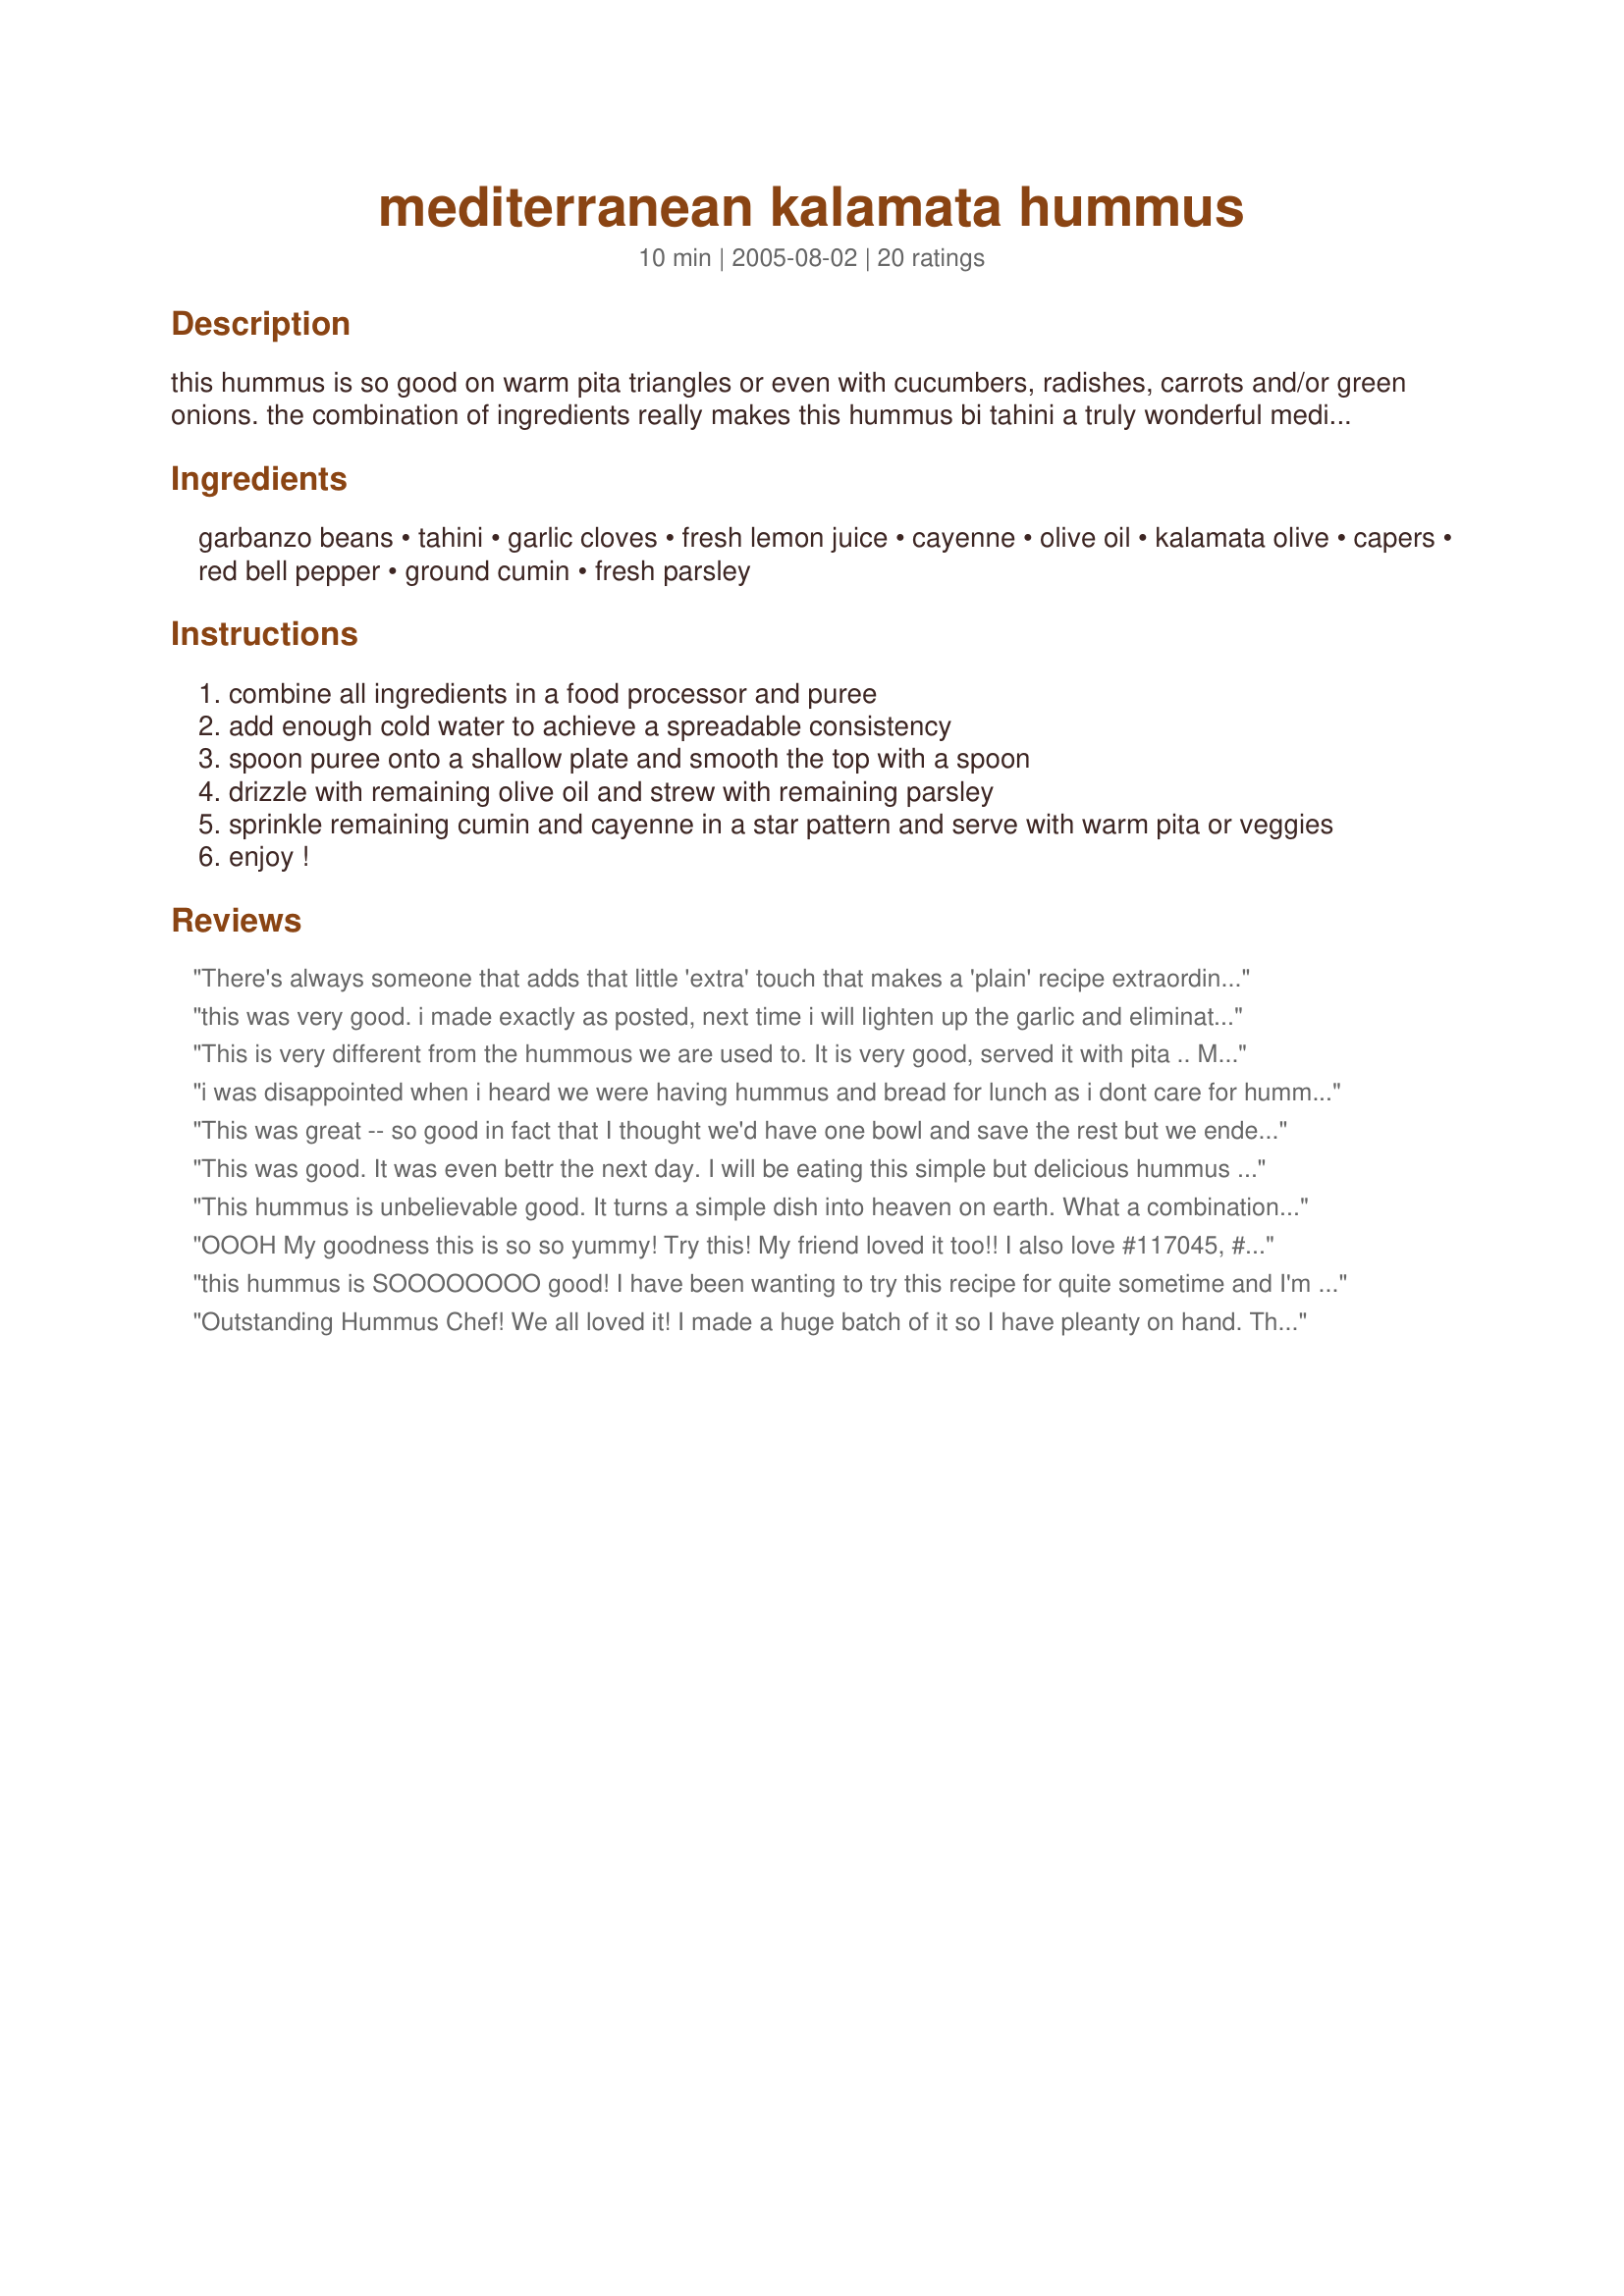
mediterranean kalamata hummus
Preparation time: 10 minutes

this hummus is so good on warm pita triangles or even with cucumbers, radishes, carrots and/or green onions. the combination of ingredients really makes this hummus bi tahini a truly wonderful mediterranean dish. i may never eat plain hummus again. this recipe was inspired and created for rsc #7.

Ingredients:
garbanzo beans, tahini, garlic cloves, fresh lemon juice, cayenne, olive oil, kalamata olive, capers, red bell pepper, ground cumin, fresh parsley

Steps:
combine all ingredients in a food processor and puree
add enough cold water to achieve a spreadable consistency
spoon puree onto a shallow plate and smooth the top with a spoon
drizzle with remaining olive oil and strew with remaining parsley
sprinkle remaining cumin and cayenne in a star pattern and serve with warm pita or veggies
enjoy !

Reviews:
There's always someone that adds that little 'extra' touch that makes a 'plain' recipe extraordinary. This one's IT for sure!!
The ONLY change I made was to double the garlic and use LIME juice instead.
this was very good. i made exactly as posted, next time i will lighten up the garlic and eliminate the bell pepper completely
This is very different from the hummous we are used to. It is very good, served it with pita .. Mine was very runny and I had to serve it in a bowl .. thanks for sharing!
i was disappointed when i heard we were having hummus and bread for lunch as i dont care for hummus. This was so good! The flavors are out of this world! Ours was not too runny. we enjoyed this one!
This was great -- so good in fact that I thought we'd have one bowl and save the rest but we ended up scoffing 4 bowls of it! I didn't need to add any extra water, in fact if anything I felt the dip was a touch on the runny side and might add more chickpeas next time, but other than that it was perfect. Zingy and easy to make. Thanks!
This was good. It was even bettr the next day. I will be eating this simple but delicious hummus often.
This hummus is unbelievable good. It turns a simple dish into heaven on earth. What a combination of flavors. The garbanzo beans hold together all the different single flavors without to smother them. There is the nutty flavor of tahini and the delightful sharpness of cayenne. The capers, garlic and the olives add their own flavors. The lemon juice supported each single flavor and adds freshness (together with parsley). You can really dip anything into this piece of cooking jewellery and you will be excited. I have tried it today with simple pan seared tuna (wonderful). Try it, love and come back here to render homage to ncmysteryshopper for this out of this world hummus.
OOOH My goodness this is so so yummy! Try this! My friend loved it too!! I also love #117045, #35625, and #11424.
this hummus is SOOOOOOOO good! I have been wanting to try this recipe for quite sometime and I'm so glad I finally got to making it, it's just delicious! I increased the garlic and added in lots black pepper, I can't wait to make this again, thanks for sharing this great hummus recipe hon!...Kitten :)
Outstanding Hummus Chef! We all loved it! I made a huge batch of it so I have pleanty on hand. This is so much better than store bought deli hummus!! Thank you!
This is my 1st attempt at hummus and it's a winner. Dh has never been a big fan but loved this recipe and commented that it's the best he's ever had. I made the recipe "as is" except on the olives, I had searched out pitted kalamata olives with no luck and resorted to a greek mix of pitted olives. I picked out all the kalamata which wasn't quite 3/4 of a cup and filled the cup with a variety of the other olives to get the correct amount - it worked and the taste was superb. I did find that a drained can of garbanzo beans is a scant 1 1/2 cups worth so I went with it. I did not add any water to thin out - it was the perfect consistency for us. I served it with baby carrots, sliced cucumbers and thin sesame rice crackers. I'm looking forward to serving this for company!
I made it for myself and a couple of moms I had over for lunch. It was sooo delicious. I like the spiciness...just right!
Absolutely delightful! Loved the blend of flavours in this hummus - the capers and olives really kicked things up. Dead on in the amounts of ingredients and easy-to-follow instructions (and easy-to-make recipe!).
Definitely a winning combination. Good luch, chef.
Oh my word, thank you for this absolutely fabulous recipe! I thought it was the best hummus I have ever had the pleasure to have tasted. And I made it!<br/>The only thing I did to change it was pour boiling water on my chick peas a couple of times, stir it around a bit to get the skin like covering off the peas. The skin coverings float to the top. <br/>It may take a wee bit more time, but it allows for a more creamier hummus. Again, thank you!
This is, for sure, a five star recipe. I put everything but the capers in a blender and pulsed it until it was well blended but still had minced parts. I spread it on a unbaked pizza crust, topped with fairly thick sliced beef tomatoes and sliced swiss cheese and baked! BTW, I put one caper at the tip of what would be each slice. This whole thing was yummy...the tomatoes added the extra moisture needed and the swiss cheese added sweetness. Will sure use this hummus again, but who knows how?
The 3-star rating if for the recipe as is. After the following changes, we would rate it 5 stars. &lt;br/&gt;We roasted the red pepper and removed the skin. However, we found the flavor of the kalamata olives to be very overpowering. To fix this, we added an extra half of a red pepper (raw, not roasted), 2 tablespoons of plain yogurt, 1 extra tablespoon of lemon juice, 1 extra tablespoon of tahini, and 1 extra tablespoon of parsley. It was fine after these additions... and this resulted in more hummus :-)
This is a new Hummus Favorite.Something has finnaly replaced my spicy black bean favorite.
I meant to try this & review it for RSC, but time didn't permit. However, I've tried it now, though I admit to using regular black olives as I'm out of kalamatas.This is one of the best tasting hummuses I have tried and I collect hummus recipes. I did find it a little thin, & would probably add more chickpeas next time like Sackville Girl. However, the important thing is the flavor and that was delicious.
mmmm! Hummus!! I could die I love it so much! I added 6 cloves of garlic...and WOW! What a taste! A great recipe that is with pitas or just crackers!
When my local wholesale club stopped carrying my favorite kalamata hummus, I came here looking for a reasonable substitute. This was fantastic! My guests devoured it in no time. Next time I'll have to double the recipe.
